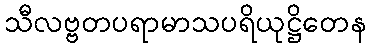
သီလဗ္ဗတပရာမာသပရိယုဋ္ဌိတေန